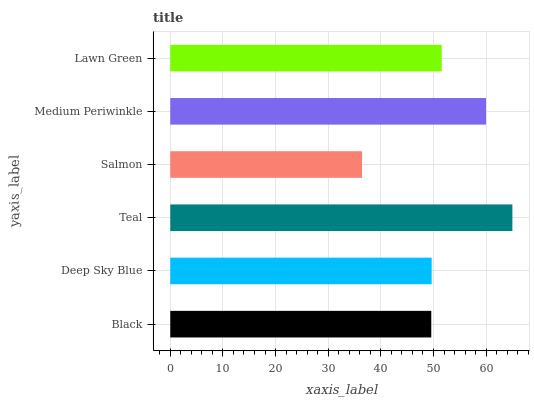
| yaxis_label | bars |
 | --- | --- |
 | Black | 49.6 |
 | Deep Sky Blue | 49.7 |
 | Teal | 65 |
 | Salmon | 36.4 |
 | Medium Periwinkle | 60 |
 | Lawn Green | 51.6 |